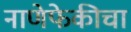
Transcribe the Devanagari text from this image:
नाणेफेकीचा